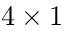
4 \times 1